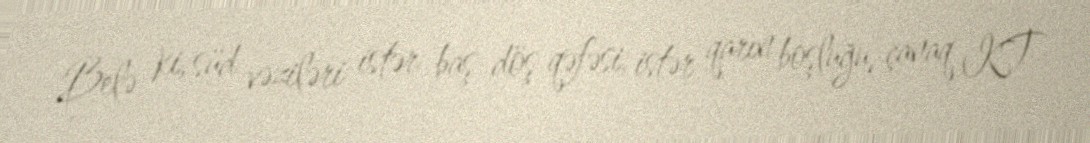
Belə ki, süd vəziləri istər baş-döş qəfəsi, istər qarın boşluğu, çanaq KT